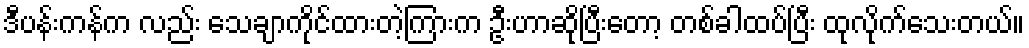
ဒီပန်းကန်က လည်း သေချာကိုင်ထားတဲ့ကြားက ဦးဟာဆိုပြီးတော့ တစ်ခါထပ်ပြီး ထုလိုက်သေးတယ်။